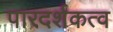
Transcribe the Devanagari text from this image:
पारदर्शकत्व